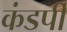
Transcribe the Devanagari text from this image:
कंडर्पी